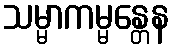
သမ္မာကမ္မန္တေန